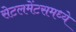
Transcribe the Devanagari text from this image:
सेटलमेंटसमध्ये